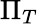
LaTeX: \Pi_{T}